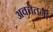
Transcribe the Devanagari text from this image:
अवचेतन।